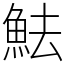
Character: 魼